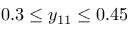
0 . 3 \leq y _ { 1 1 } \leq 0 . 4 5